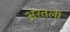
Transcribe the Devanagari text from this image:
अरतली